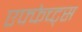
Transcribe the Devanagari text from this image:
एफ्फेच्ट्स